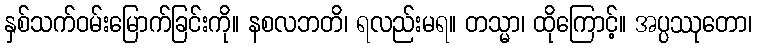
နှစ်သက်ဝမ်းမြောက်ခြင်းကို။ နစလဘတိ၊ ရလည်းမရ။ တသ္မာ၊ ထိုကြောင့်။ အပ္ပဿုတော၊